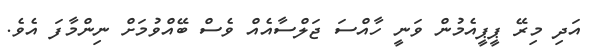
އަދި މިރޭ ޕީޕީއެމުން ވަނީ ހާއްސަ ޖަލްސާއެއް ވެސް ބޭއްވުމަށް ނިންމާފަ އެވެ.